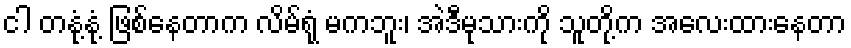
ငါ တနုံ့နုံ့ ဖြစ်နေတာက လိမ်ရုံ မကဘူး၊ အဲဒီမုသားကို သူတို့က အလေးထားနေတာ